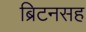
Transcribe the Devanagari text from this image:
ब्रिटनसह